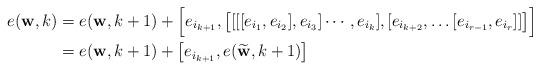
LaTeX: \begin{align*}e(\bold w,k) &=e(\bold w,k+1)+\Big[e_{i_{k+1}},\big[[[[e_{i_1},e_{i_2}],e_{i_3}]\cdots,e_{i_k}],[e_{i_{k+2}},\dots[e_{i_{r-1}}, e_{i_r}]]\big]\Big]&\\&=e(\bold w,k+1)+\big[e_{i_{k+1}},e(\widetilde{\bold w},k+1)\big]\end{align*}